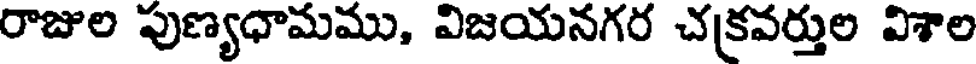
రాజుల పుణ్యధామము, విజయనగర చక్రవర్తుల విశాల